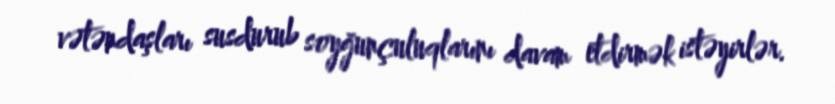
vətəndaşları susdurub soyğunçuluqlarını davam etdirmək istəyirlər.